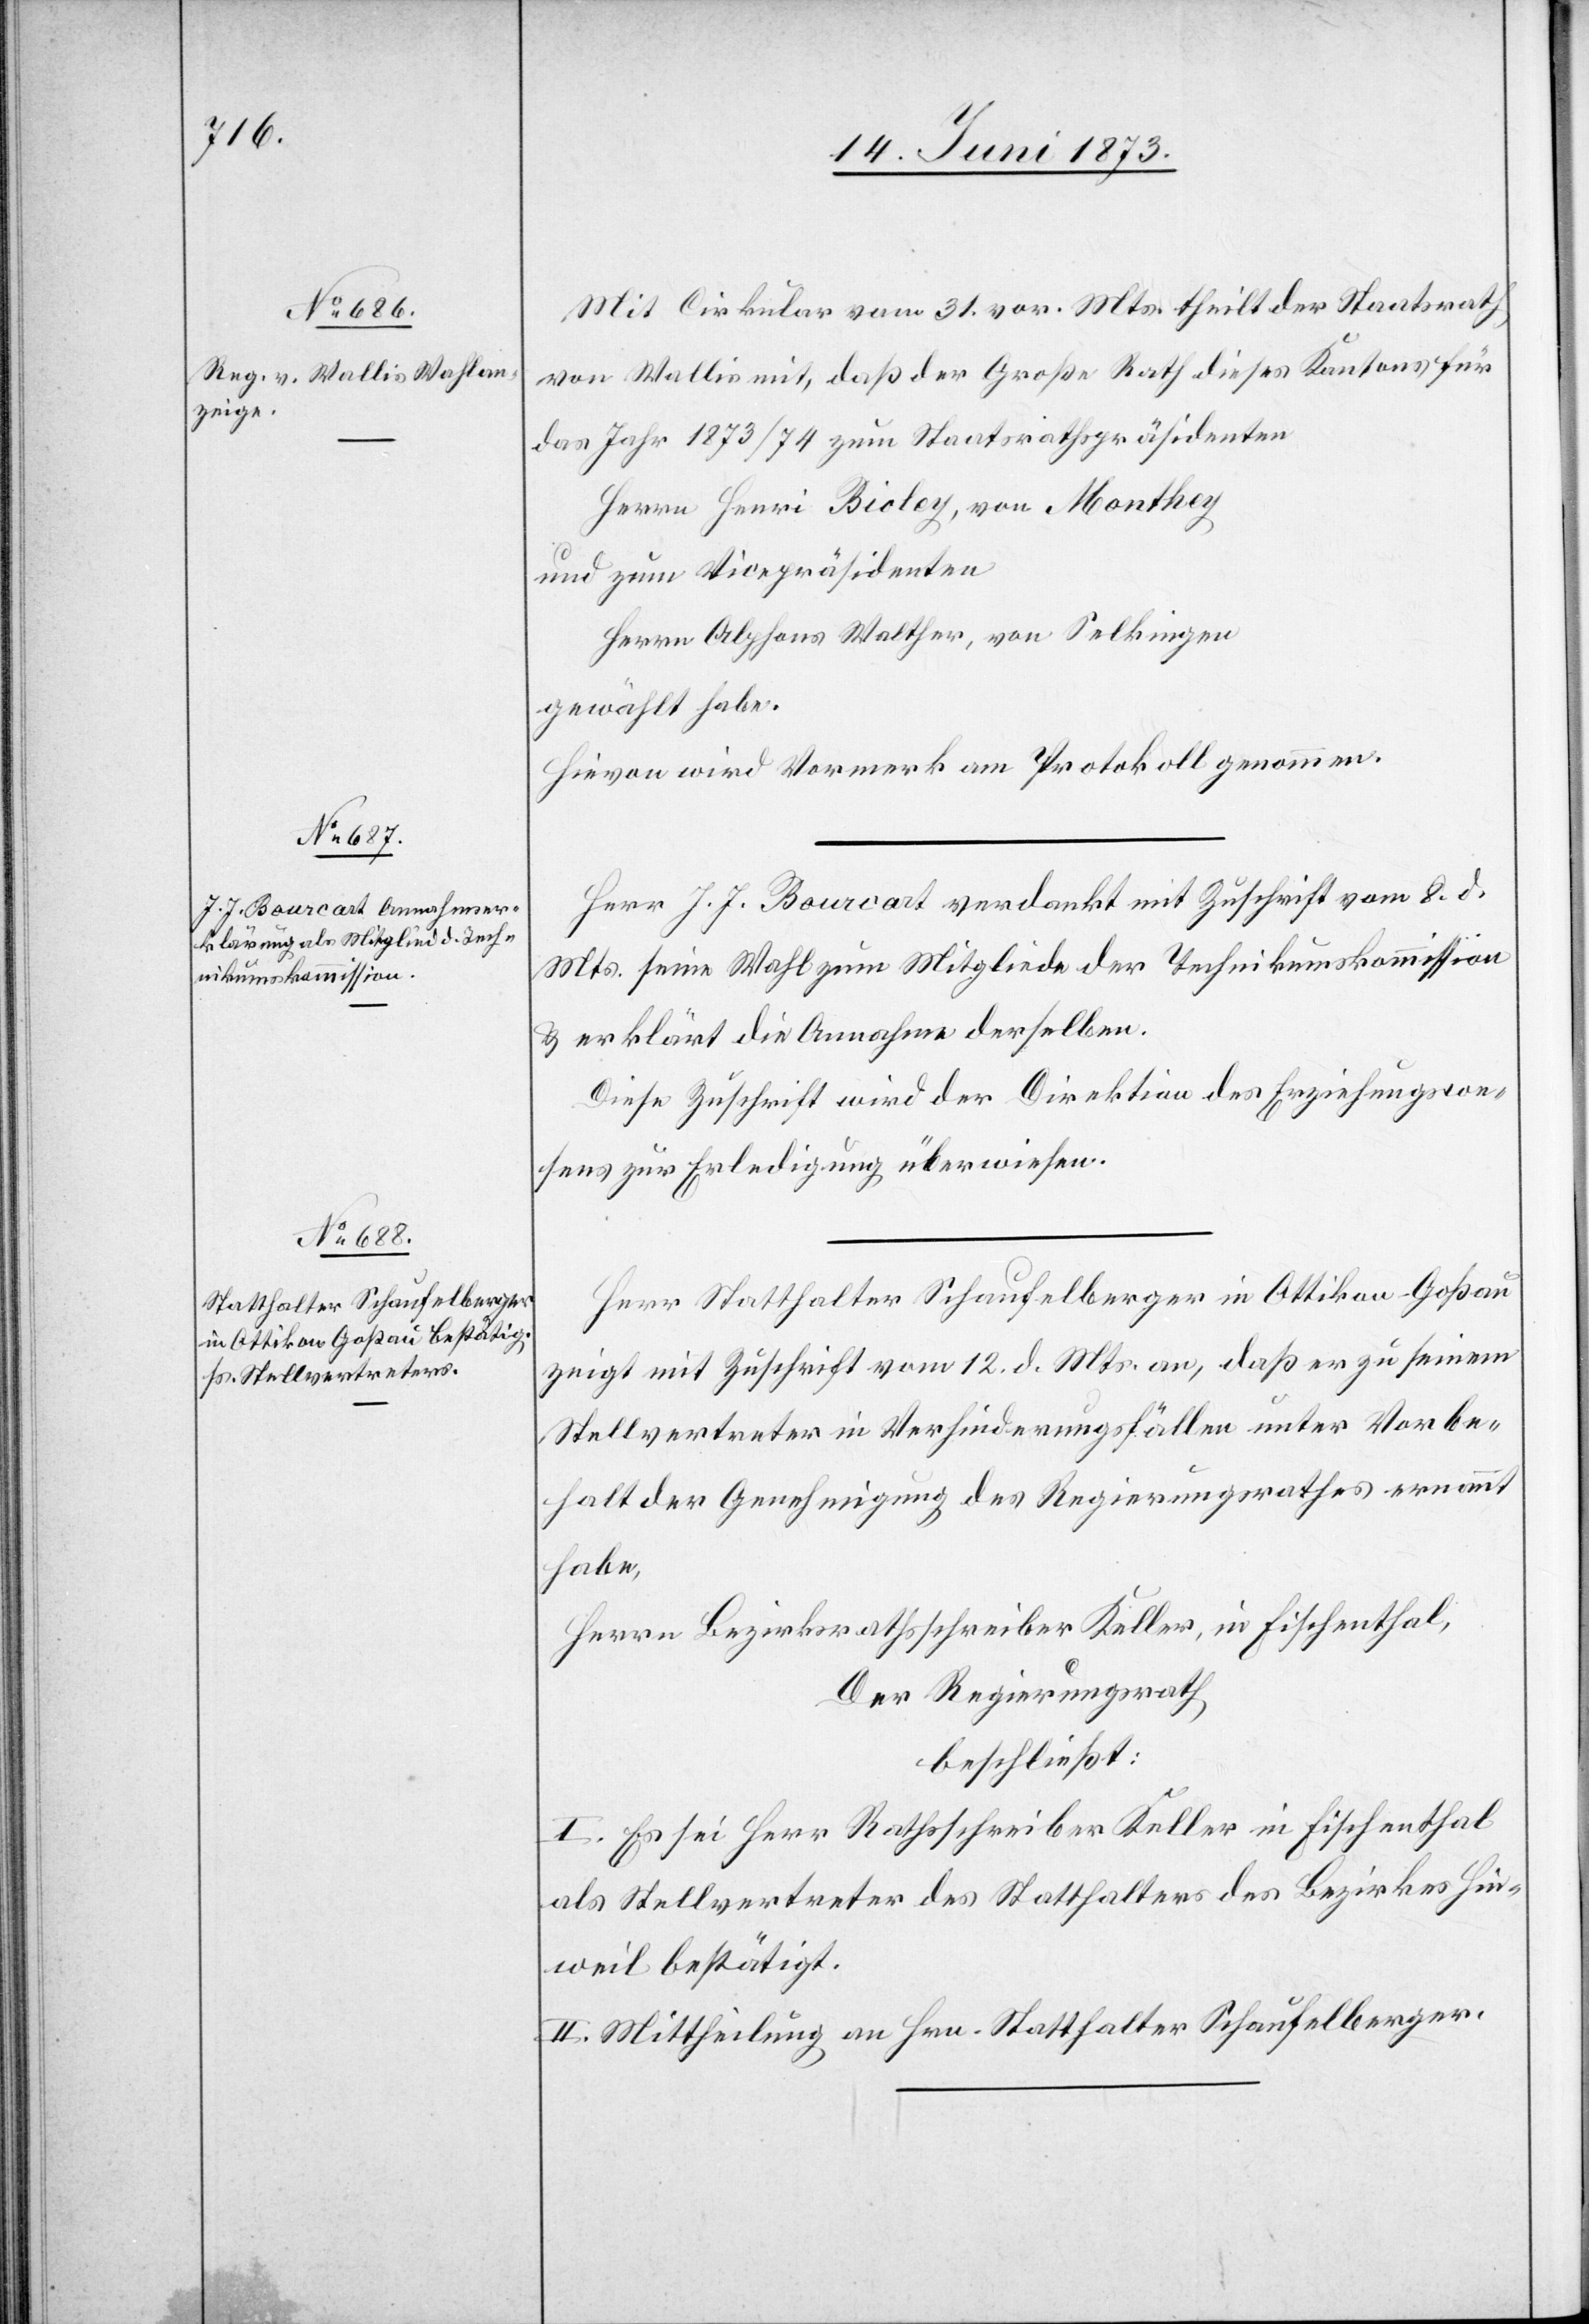
Mit Cirkular vom 31. vor. Mts. theilt der Staatsrath
von Wallis mit, daß der Große Rath dieses Kantons für
das Jahr 1873/74 zum Staatsrathspräsidenten
Herrn Henri Bioley, von Monthey
und zum Vicepräsidenten
Herrn Alphons Walther, von Selkingen
gewählt habe.
Hievon wird Vormerk am Protokoll genommen.
Herr J. J. Bourcart verdankt mit Zuschrift vom 8. d.
Mts. seine Wahl zum Mitgliede der Technikumskommission
& erklärt die Annahme derselben.
Diese Zuschrift wird der Direktion des Erziehungswe¬
sens zur Erledigung überwiesen.
Herr Statthalter Schaufelberger in Ottikon-Goßau
zeigt mit Zuschrift vom 12. d. Mts. an, daß er zu seinem
Stellvertreter in Verhinderungsfällen unter Vorbe¬
halt der Genehmigung des Regierungsrathes ernannt
habe,
Herrn Bezirksrathsschreiber Keller, in Fischenthal,
Der Regierungsrath
beschließt:
I. Es sei Herr Rathsschreiber Keller in Fischenthal
als Stellvertreter des Statthalters des Bezirkes Hin¬
weil bestätigt.
II. Mittheilung an Hrn. Statthalter Schaufelberger.